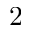
^ Ḋ 2 Ḍ